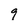
Character: 9